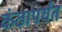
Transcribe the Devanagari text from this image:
कंठापर्यंत